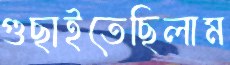
গুছাইতেছিলাম